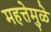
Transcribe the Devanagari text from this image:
महत्तेमुळे